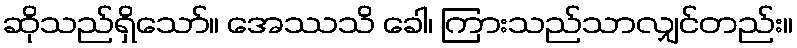
ဆိုသည်ရှိသော်။ အေဿသိ ခေါ၊ ကြားသည်သာလျှင်တည်း။